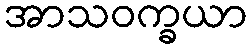
အာသဝက္ခယာ